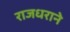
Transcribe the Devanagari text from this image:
राजधराने